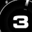
Digit: 3